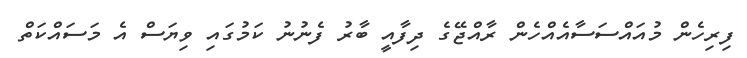
ފިރިހެން މުއައްސަސާއެއްހެން ރާއްޖޭގެ ދިފާއީ ބާރު ފެނުނު ކަމުގައި ވިޔަސް އެ މަސައްކަތް